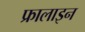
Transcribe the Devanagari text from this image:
फ्रालाइन